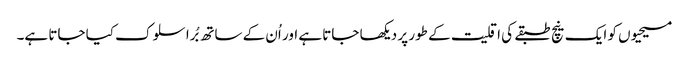
مسیحیوں کو ایک نیچ طبقے کی اقلیت کے طور پر دیکھا جاتا ہے اور اُن کے ساتھ بُرا سلوک کیا جاتا ہے۔